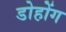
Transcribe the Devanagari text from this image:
डोहोंग